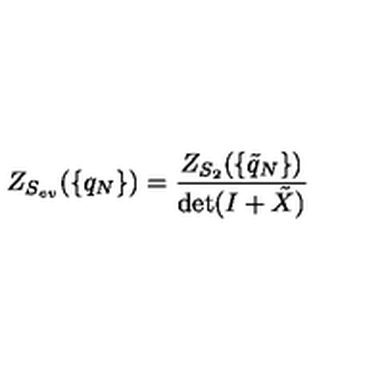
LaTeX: Z _ { S _ { e v } } ( \{ q _ { N } \} ) = \frac { Z _ { S _ { 2 } } ( \{ \tilde { q } _ { N } \} ) } { \det ( I + \tilde { X } ) }